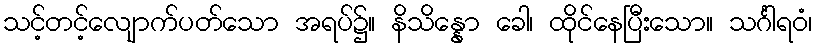
သင့်တင့်လျောက်ပတ်သော အရပ်၌။ နိသိန္နော ခေါ၊ ထိုင်နေပြီးသော။ သင်္ဂါရဝံ၊